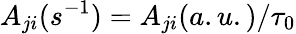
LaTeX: A_{ji}(s^{-1})={A_{ji}(a.u.)/\tau_{0}}